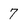
Character: 7